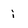
Character: i